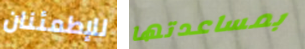
للإطمئنان بمساعدتها